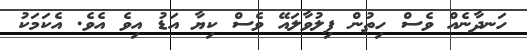
ހަނދާނެއް ވެސް ހިތުން ފިލުވާލައޭ ވެސް ކިޔާ އަޑު އިވެ އެވެ. އެކަމަކު